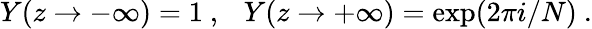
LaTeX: Y(z\rightarrow-\infty)=1~,~~~Y(z\rightarrow+\infty)=\exp(2\pi i/N)~.